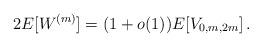
LaTeX: \begin{align*}2 E [W^{(m)}] = (1+o(1)) E [V_{0,m,2m}] \,.\end{align*}